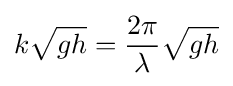
k{\sqrt {gh}}={\frac {2\pi }{\lambda }}{\sqrt {gh}}